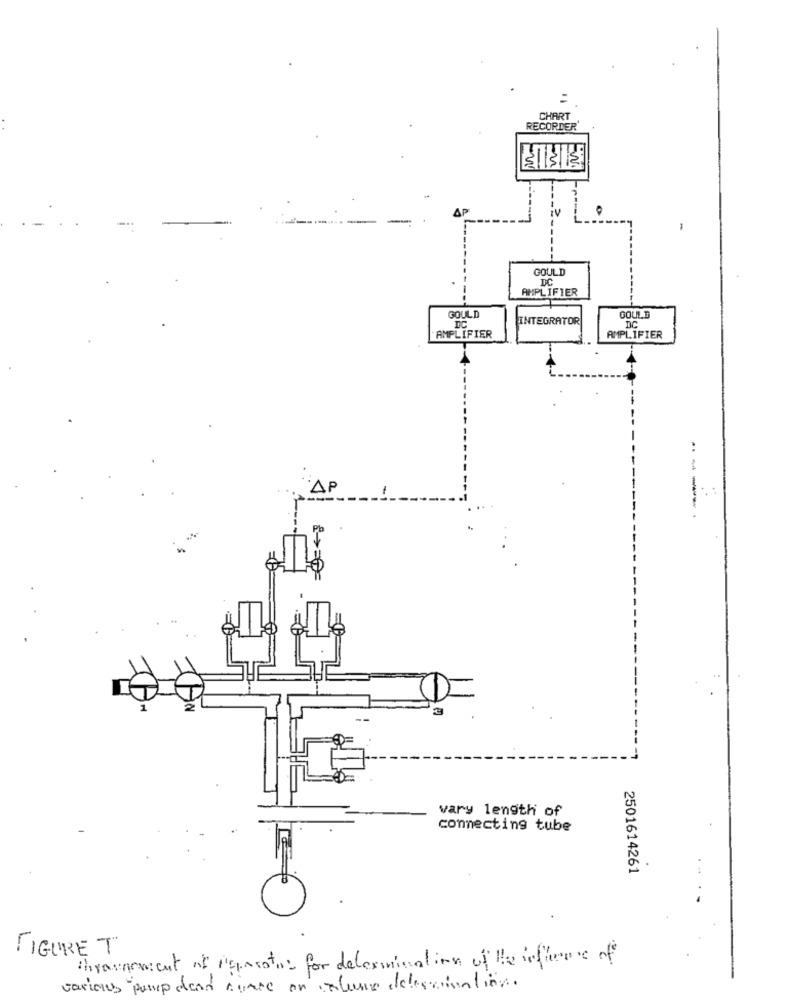
CHART
RECORDER
-
GOULD
DC
AMPLIFIER
GOULD
INTEGRATOR
GOULD
DC
AMPLIFIER
AMPLIFIER
..
1
AP
Pb
vary length of
connecting tube
2501614261
FIGURE T
invarnement of Pgastos for determination of the influence of
various pump dead space on volume delegaionline.